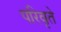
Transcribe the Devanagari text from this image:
परिवृते